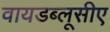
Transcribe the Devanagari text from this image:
वायडब्लूसीए